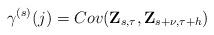
LaTeX: \begin{align*}\gamma ^{(s)}(j)=Cov(\mathbf{Z}_{s,\tau },\mathbf{Z}_{s+\nu ,\tau +h}) \end{align*}